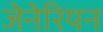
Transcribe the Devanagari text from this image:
जेनेरियन